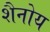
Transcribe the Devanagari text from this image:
शैनोय